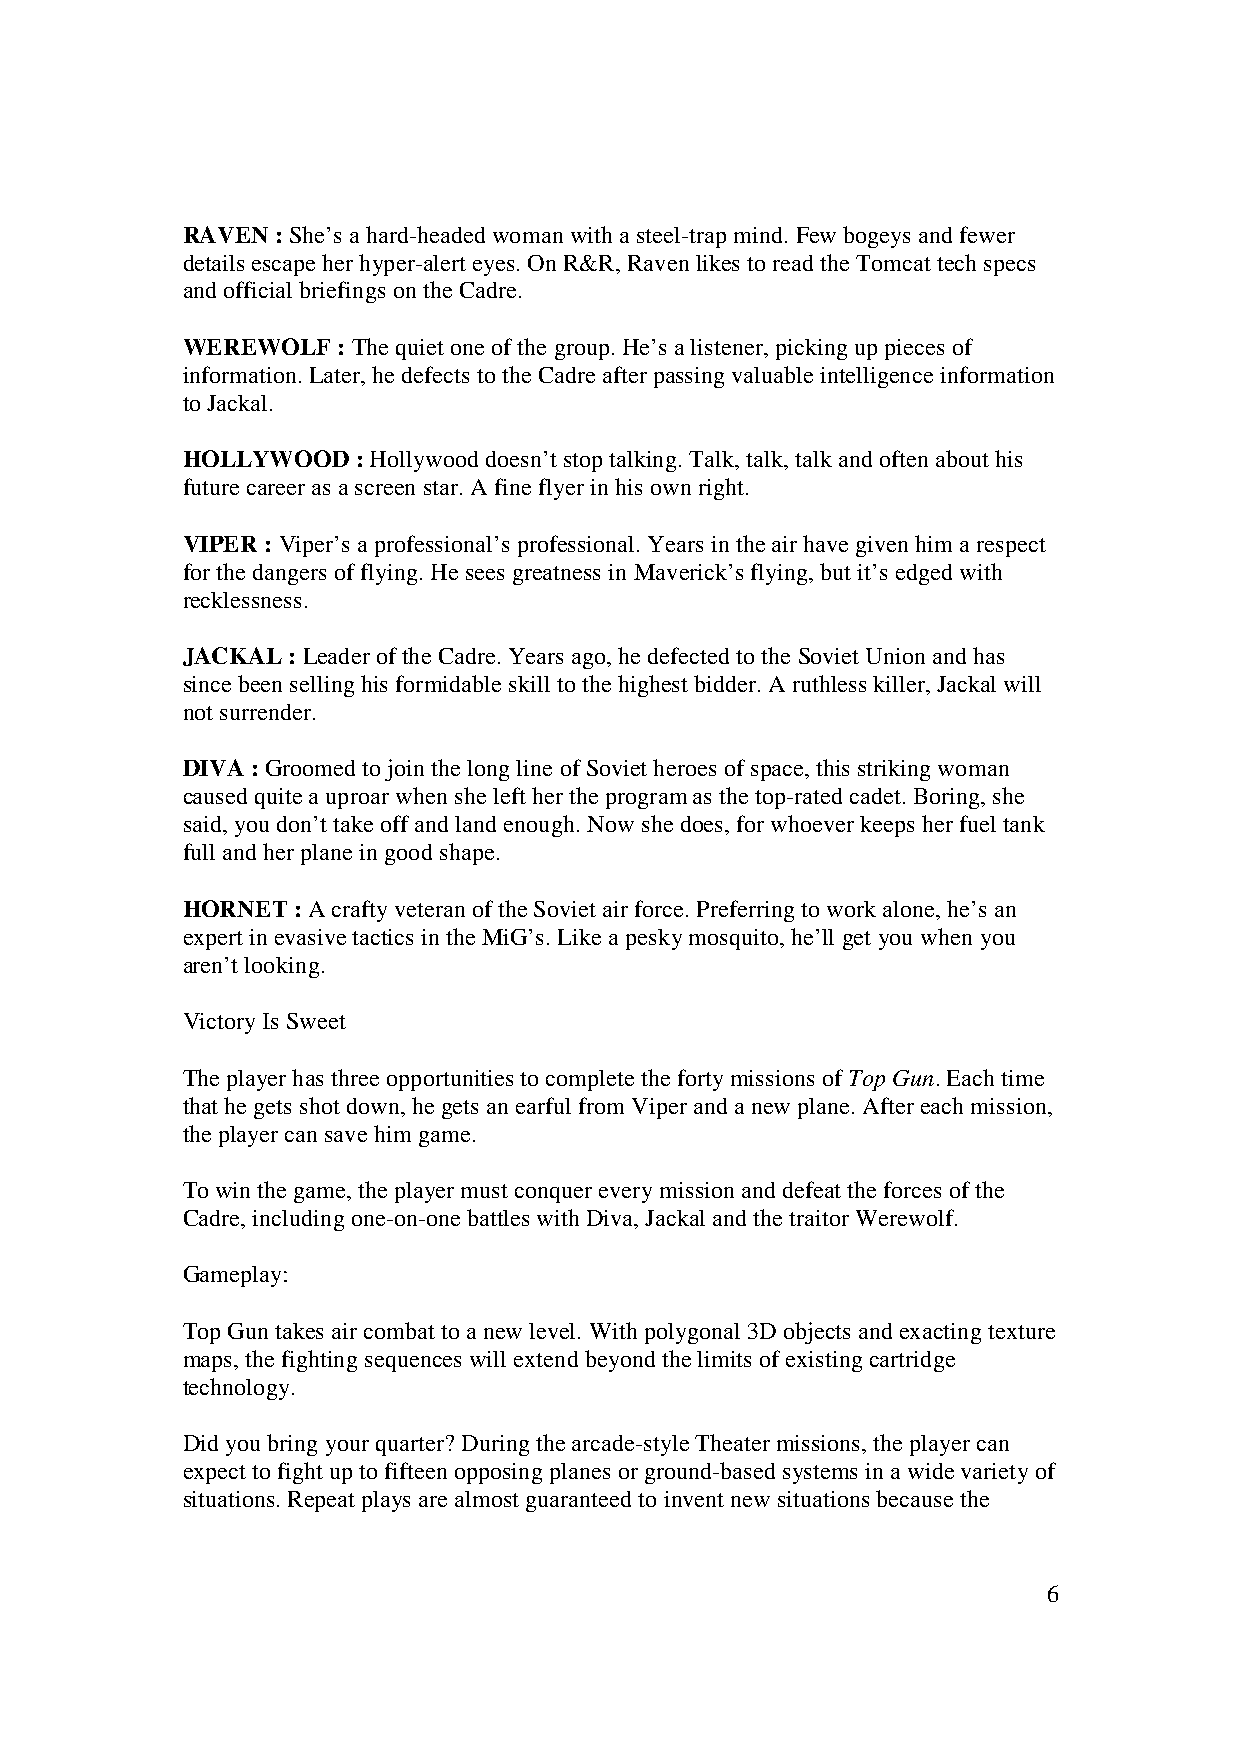
RAVEN : She’s a hard-headed woman with a steel-trap mind. Few bogeys and fewer
 details escape her hyper-alert eyes. On R&R, Raven likes to read the Tomcat tech specs
 and official briefings on the Cadre.
 WEREWOLF  : The quiet one of the group. He’s a listener, picking up pieces of
 information. Later, he defects to the Cadre after passing valuable intelligence information
 to Jackal.
 HOLLYWOOD   : Hollywood doesn’t stop talking. Talk, talk, talk and often about his
 future career as a screen star. A fine flyer in his own right.
 VIPER : Viper’s a professional’s professional. Years in the air have given him a respect
 for the dangers of flying. He sees greatness in Maverick’s flying, but it’s edged with
 recklessness.
 JACKAL : Leader of the Cadre. Years ago, he defected to the Soviet Union and has
 since been selling his formidable skill to the highest bidder. A ruthless killer, Jackal will
 not surrender.
 DIVA : Groomed to join the long line of Soviet heroes of space, this striking woman
 caused quite a uproar when she left her the program as the top-rated cadet. Boring, she
 said, you don’t take off and land enough. Now she does, for whoever keeps her fuel tank
 full and her plane in good shape.
 HORNET : A crafty veteran of the Soviet air force. Preferring to work alone, he’s an
 expert in evasive tactics in the MiG’s. Like a pesky mosquito, he’ll get you when you
 aren’t looking.
 Victory Is Sweet
 The player has three opportunities to complete the forty missions of Top Gun. Each time
 that he gets shot down, he gets an earful from Viper and a new plane. After each mission,
 the player can save him game.
 To win the game, the player must conquer every mission and defeat the forces of the
 Cadre, including one-on-one battles with Diva, Jackal and the traitor Werewolf.
 Gameplay:
 Top Gun takes air combat to a new level. With polygonal 3D objects and exacting texture
 maps, the fighting sequences will extend beyond the limits of existing cartridge
 technology.
 Did you bring your quarter? During the arcade-style Theater missions, the player can
 expect to fight up to fifteen opposing planes or ground-based systems in a wide variety of
 situations. Repeat plays are almost guaranteed to invent new situations because the
 6